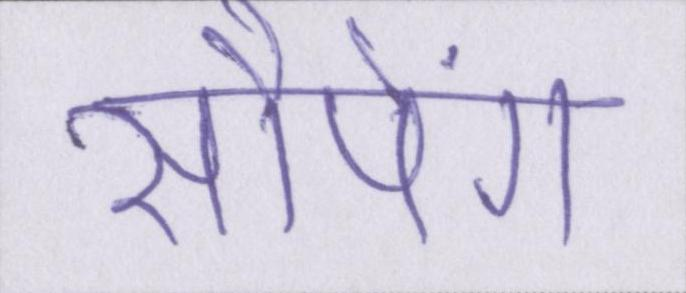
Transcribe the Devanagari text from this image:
सौपेंगे